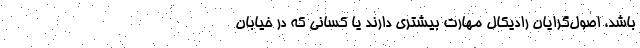
باشد، اصول‌گرایان رادیکال مهارت بیشتری دارند یا کسانی که در خیابان